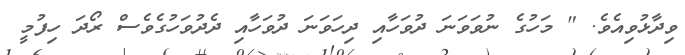
ވިދާޅުވިއެވެ. " މަހުގެ ނުވަވަނަ ދުވަހާއި ދިހަވަނަ ދުވަހާއި ދެދުވަހުގެވެސް ރޯދަ ހިފުމީ